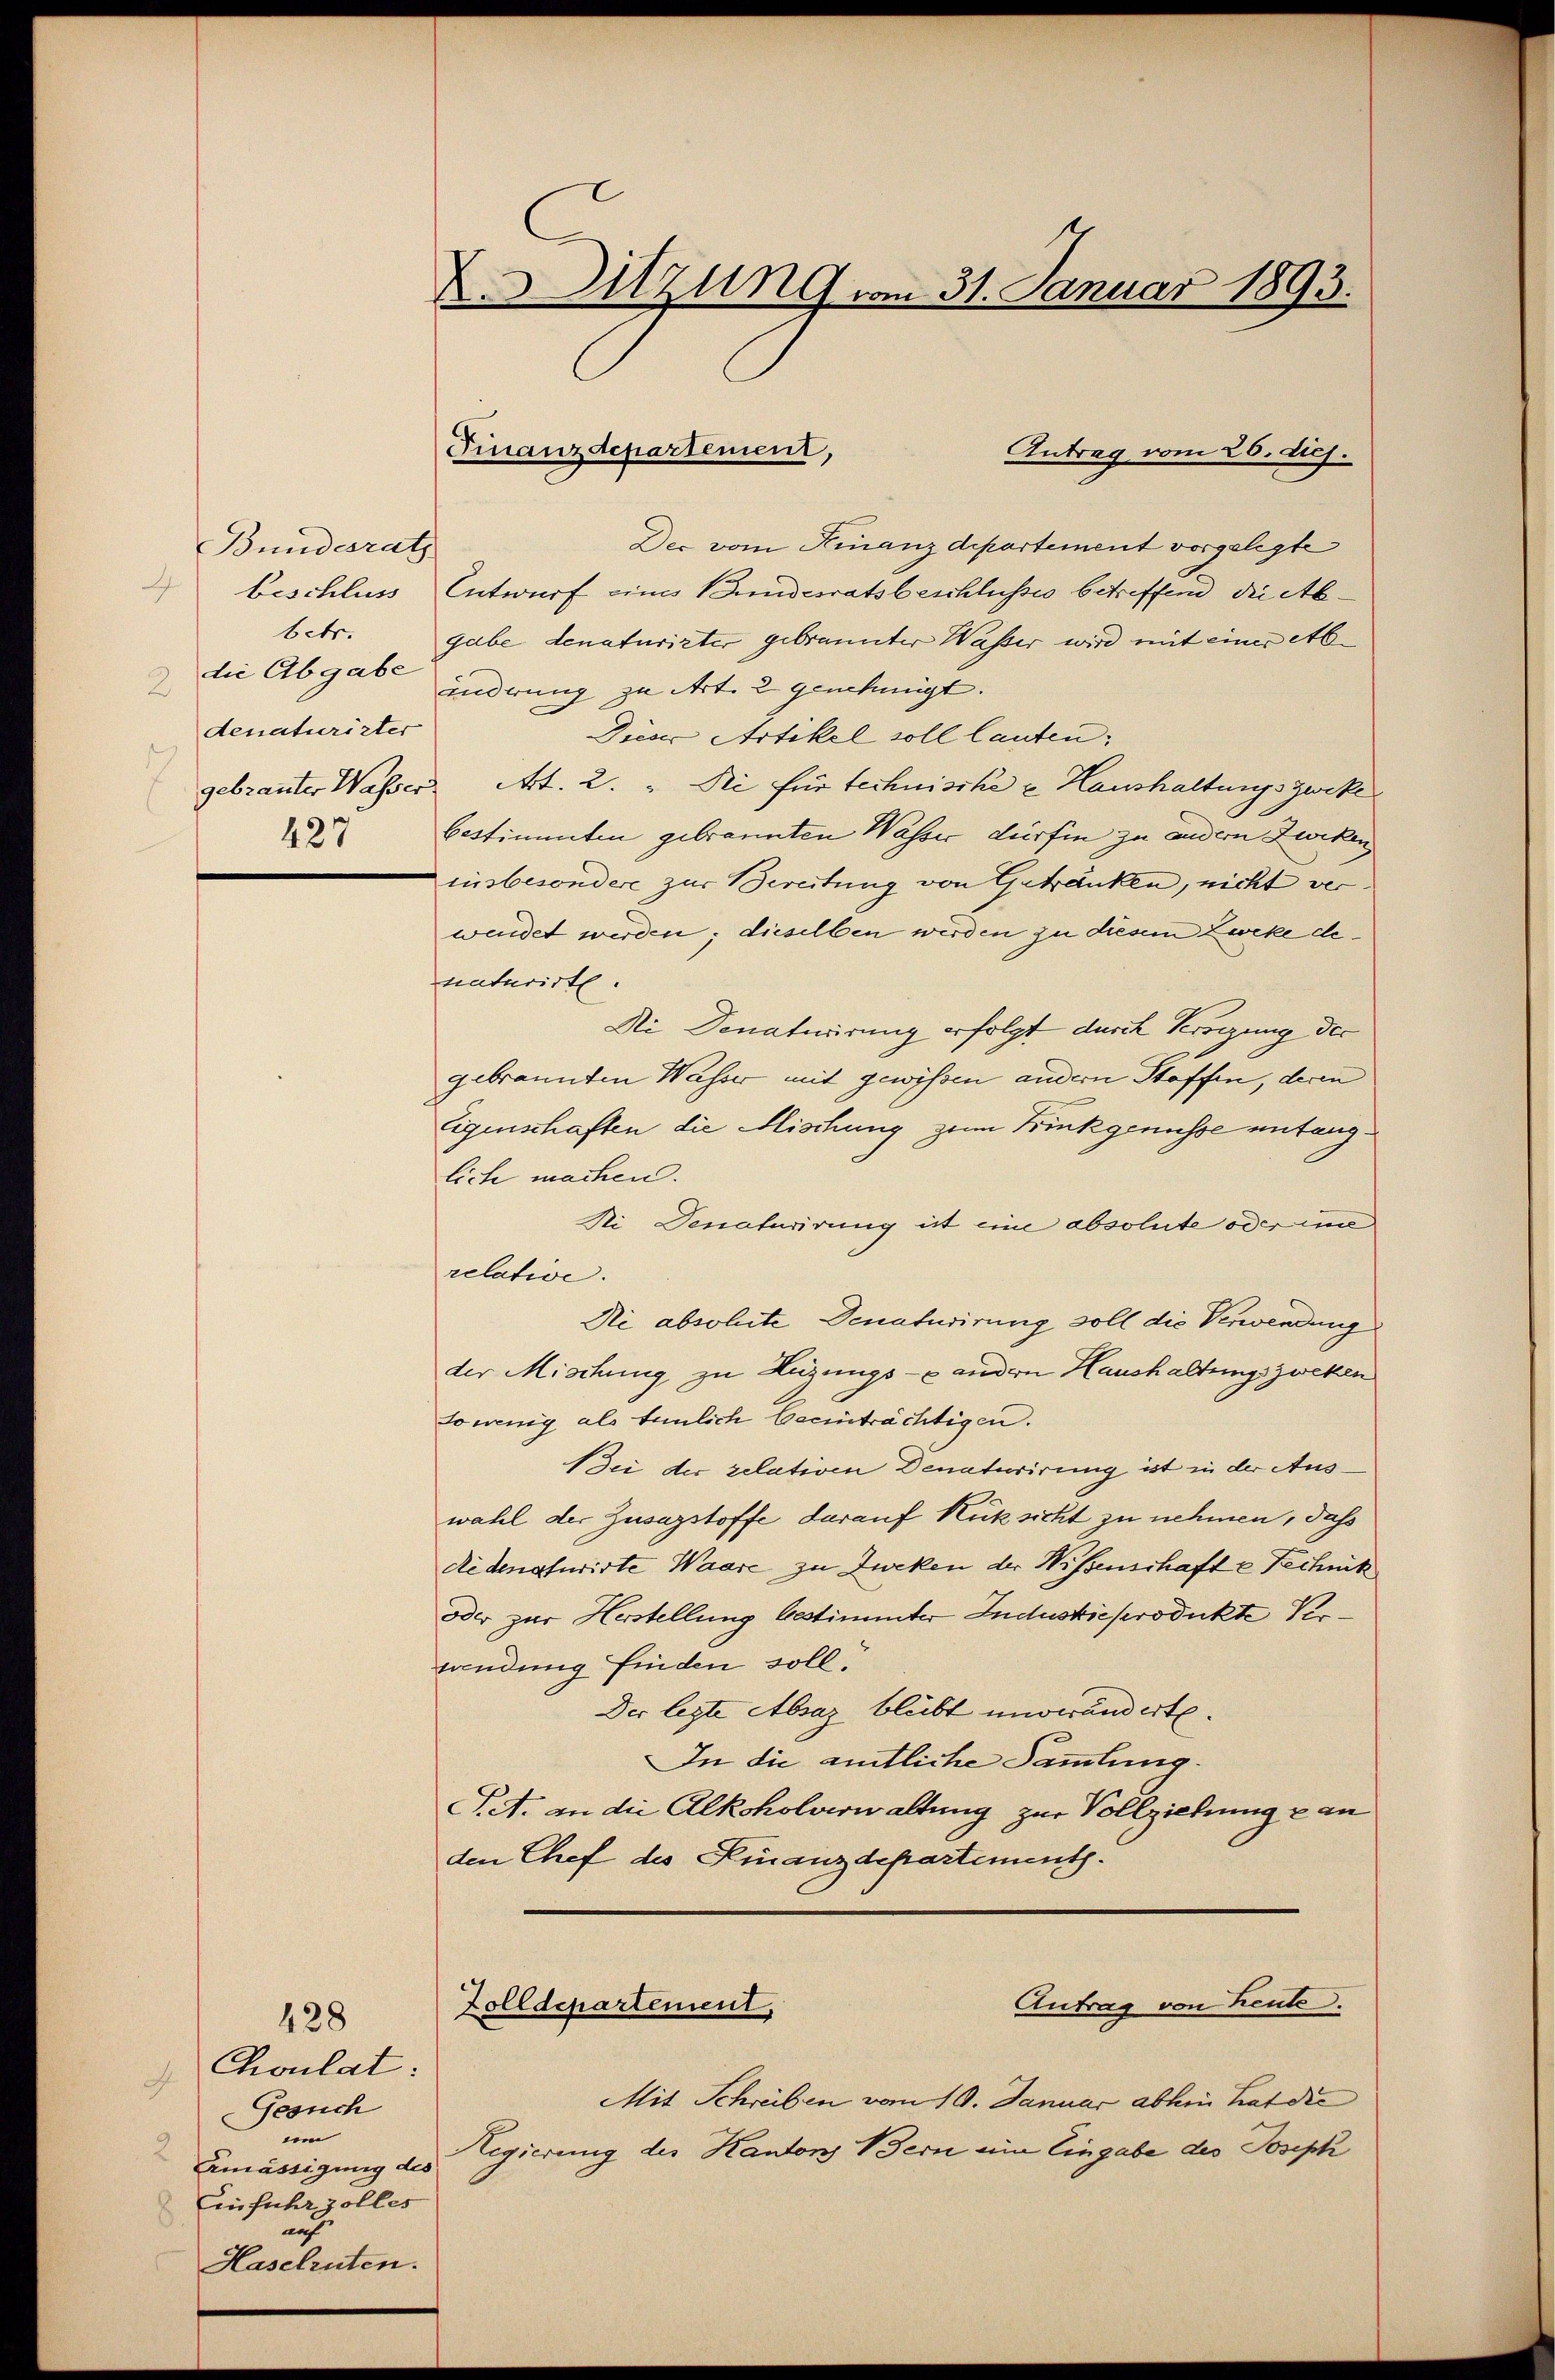
Bundesrath
A
beschluss
betr.
die Abgabe
2
denaturister
427

428
Choulat:
Gesuch
um
Ermässigung des
Einfuhrzolles
auf
Haselruten.

D.Sitzung vom 31. Januar 1893.

Antrag vom 26. diej.
Der vom Finanzdepartement vorgelegte
Entwurf eines Bundesratsbeschlusses betreffend die Abgabe denaturirter gebrannter Wasser wird mit einer Ab
inderung zu Art. 2 genehmigt.
Dieser Artikel soll lauten:
gebranter Wasser Art. 2. " Di für technische u Haushaltungszweke
bestimmten gebrannten Wasser dürfen zu andern Zweken
insbesondere zur Bereitung von Getränken, nicht verwendet werden; dieselben werden zu diesem Zweke denaturirte.
Di Denaturirung erfolgt durch Verdigung der
gebrannten Wasser mit gewissen andern Stoffen, deren
Eigenschaften die Mischung zum Brückgenüsse untenglich machen.
Ni Donaturirung ist eine absolute oder im
relative.
Di absolute Denaturirung soll die Verwendung
der Mischung, zu Luzungs- & andern Haushaltung zweken
so wenig als tümlich beeinträchtigen.
Sei der relativen Denaturirung ist in der Auswahl der Zusazstoffe darauf Rüksicht zu nehmen, daß
dedenaturirte Waare zu Zweken der Wissenschafte Technik
dder zur Herstellung bestimmter Industreprodukte Verfandung finden soll.
Der legte Absaz bleibt unveränderte.
In die amtliche Sammlung.
PAt. an die Alkoholverwaltung zur Vollziehung an
den Chef des Finanzdepartements.
Antrag von heute.
Zolldepartement,
Mit Schreiben vom 10. Januar abhin hat die
Regierung des Kantons Bern ein Eingabe des Joseph

Finanzdepartement,